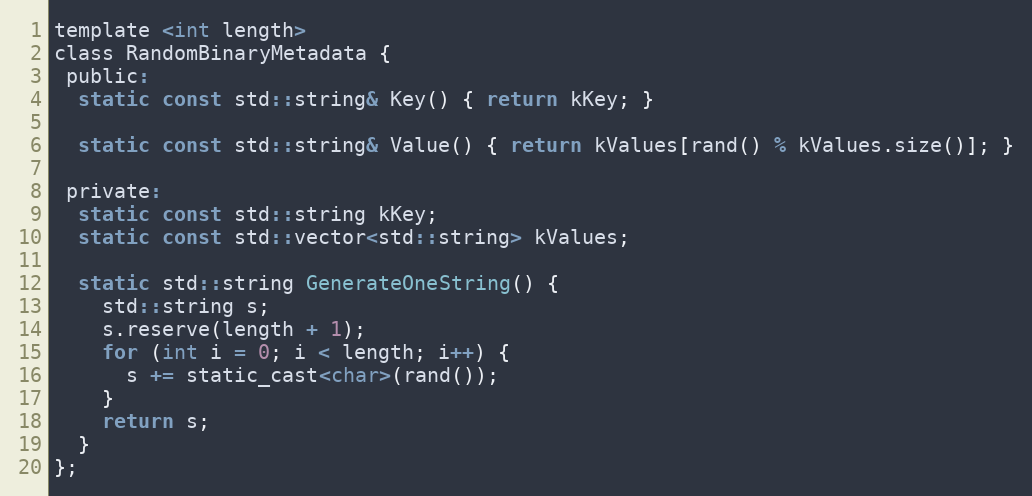
Language: C
template <int length>
class RandomBinaryMetadata {
 public:
  static const std::string& Key() { return kKey; }

  static const std::string& Value() { return kValues[rand() % kValues.size()]; }

 private:
  static const std::string kKey;
  static const std::vector<std::string> kValues;

  static std::string GenerateOneString() {
    std::string s;
    s.reserve(length + 1);
    for (int i = 0; i < length; i++) {
      s += static_cast<char>(rand());
    }
    return s;
  }
};